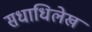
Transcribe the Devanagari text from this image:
सधाधिलेख